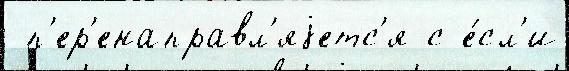
 п'ер'енаправл'яjетс'я с е́сл'и